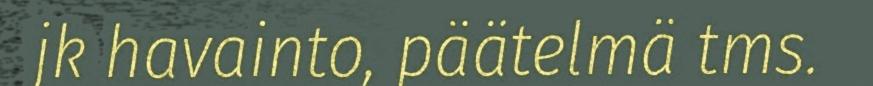
jk havainto, päätelmä tms.